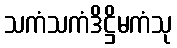
သကံသကံဒိဋ္ဌိမကံသု